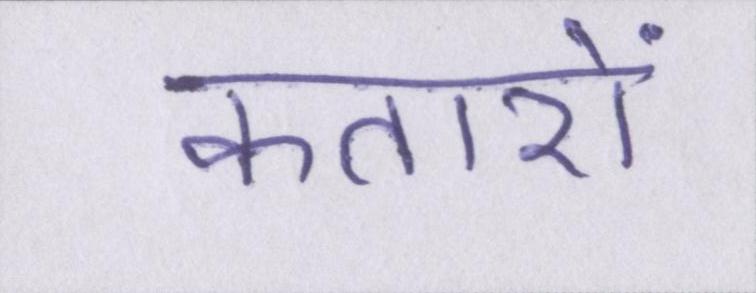
कतारों